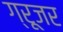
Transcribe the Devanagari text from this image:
ग्रूजर